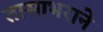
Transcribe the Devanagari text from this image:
तासाभराने